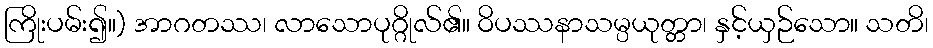
ကြိုးပမ်း၍။) အာဂတဿ၊ လာသောပုဂ္ဂိုလ်၏။ ဝိပဿနာသမ္ပယုတ္တာ၊ နှင့်ယှဉ်သော။ သတိ၊